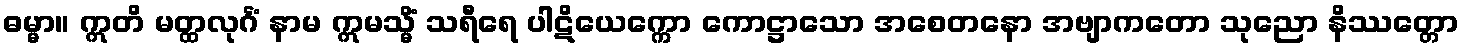
ဓမ္မာ။ ဣတိ မတ္ထလုင်္ဂံ နာမ ဣမသ္မိံ သရီရေ ပါဋိယေက္ကော ကောဋ္ဌာသော အစေတနော အဗျာကတော သုညော နိဿတ္တော